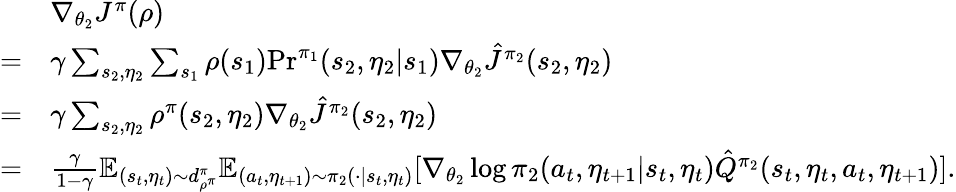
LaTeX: \begin{array}{rl}&{\nabla_{\theta_{2}}J^{\pi}(\rho)}\\ {=}&{\gamma\sum_{s_{2},\eta_{2}}\sum_{s_{1}}\rho(s_{1})\mathrm{Pr}^{\pi_{1}}(s_{2},\eta_{2}|s_{1})\nabla_{\theta_{2}}\hat{J}^{\pi_{2}}(s_{2},\eta_{2})}\\ {=}&{\gamma\sum_{s_{2},\eta_{2}}\rho^{\pi}(s_{2},\eta_{2})\nabla_{\theta_{2}}\hat{J}^{\pi_{2}}(s_{2},\eta_{2})}\\ {=}&{\frac{\gamma}{1-\gamma}\mathbb{E}_{(s_{t},\eta_{t})\sim d_{\rho^{\pi}}^{\pi}}\mathbb{E}_{(a_{t},\eta_{t+1})\sim\pi_{2}(\cdot|s_{t},\eta_{t})}[\nabla_{\theta_{2}}\log\pi_{2}(a_{t},\eta_{t+1}|s_{t},\eta_{t})\hat{Q}^{\pi_{2}}(s_{t},\eta_{t},a_{t},\eta_{t+1})].}\end{array}